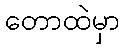
တောထဲမှာ